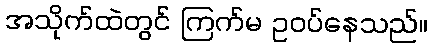
အသိုက်ထဲတွင် ကြက်မ ဥဝပ်နေသည်။